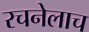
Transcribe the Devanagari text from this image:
रचनेलाच